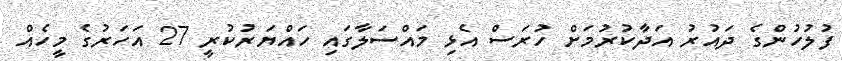
ފުލުހުންގެ ދައުރު އަދާކުރުމަށް ހުރަސް އެޅި މައްސަލާގައި ހައްޔަރުކުރީ 27 އަހަރުގެ މީހެއް